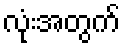
လုံးအတွက်